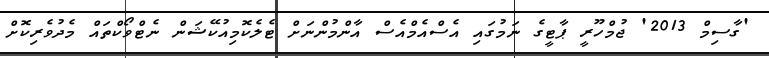
'ގާސިމް 2013' ޖުމްހޫރީ ޕާޓީގެ ނަމުގައި އެސްއެމްއެސް އާންމުންނަށް ޓެލެކޮމިއުކޭޝަން ނެޓްވޯކްތައް މެދުވެރިކޮށް